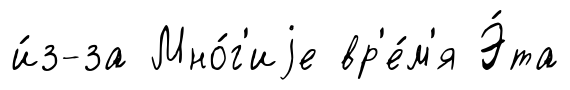
и́з-за Мно́г'иjе вр'е́м'я Э́та